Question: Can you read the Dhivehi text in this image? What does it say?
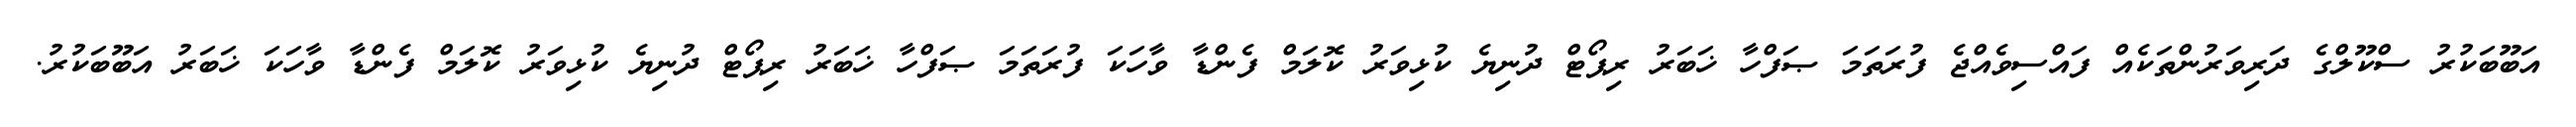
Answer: އަބޫބަކުރު ސްކޫލްގެ ދަރިވަރުންތަކެއް ފައްސިވެއްޖެ ފުރަތަމަ ޞަފްހާ ޚަބަރު ރިޕޯޓް ދުނިޔެ ކުޅިވަރު ކޮލަމް ފެންޑާ ވާހަކަ ފުރަތަމަ ޞަފްހާ ޚަބަރު ރިޕޯޓް ދުނިޔެ ކުޅިވަރު ކޮލަމް ފެންޑާ ވާހަކަ ޚަބަރު އަބޫބަކުރު.